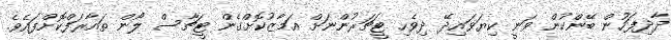
ދާދިފަހުން ބޭންކުން ވަނީ ކިޔަވައިދޭ ދިވެހި ޓީޗަރުންނަށް އަމާޒުކޮށްގެން ޓީޗާސް ލޯން ތައާރަފްކޮށްފައެވެ.